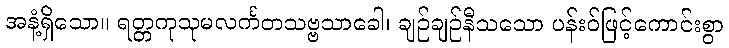
အနံ့ရှိသော။ ရတ္တကုသုမလင်္ကတသဗ္ဗသာခေါ၊ ချဉ်ချဉ်နီသသော ပန်းဝ်ဖြင့်ကောင်းစွာ